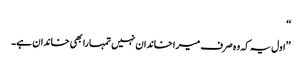
‘‘
’’اول یہ کہ وہ صرف میرا خاندان نہیں تمہارا بھی خاندان ہے۔